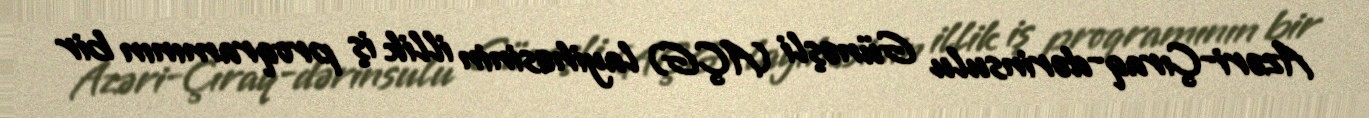
Azəri-Çıraq-dərinsulu Günəşli (AÇG) layihəsinin illik iş proqramının bir